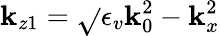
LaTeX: \mathbf{k}_{z1}=\sqrt{}{{\epsilon_{v}\mathbf{k}_{0}^{2}-\mathbf{k}_{x}^{2}}}